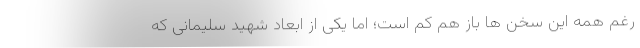
رغم همه این سخن ها باز هم کم است؛ اما یکی از ابعاد شهید سلیمانی که